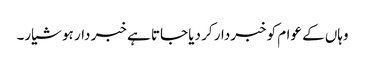
وہاں کے عوام کو خبردار کر دیا جاتا ہے خبر دار ہو شیار۔